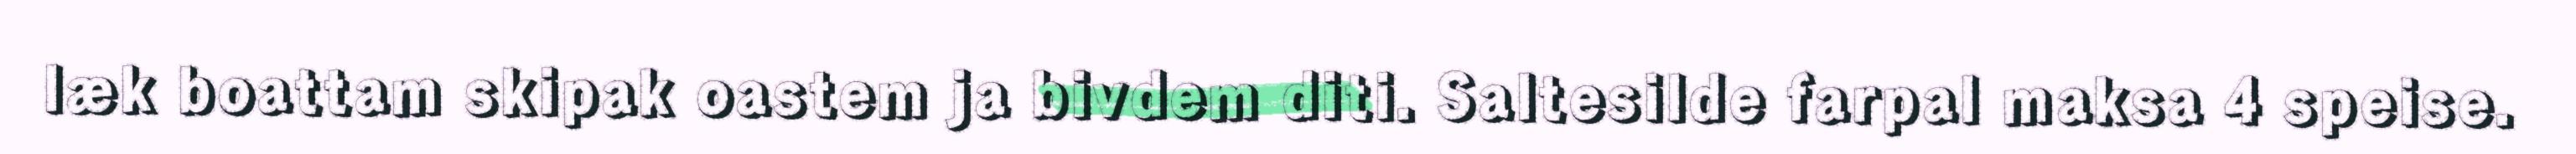
læk boattam skipak oastem ja bivdem diti. Saltesilde farpal maksa 4 speise.